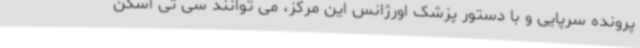
پرونده سرپایی و با دستور پزشک اورژانس این مرکز، می توانند سی تی اسکن